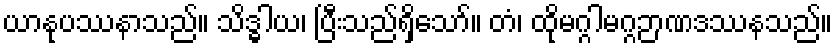
ယာနုပဿနာသည်။ သိဒ္ဓါယ၊ ပြီးသည်ရှိသော်။ တံ၊ ထိုမဂ္ဂါမဂ္ဂဉာဏဒဿနသည်။